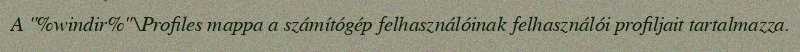
A "%windir%"\Profiles mappa a számítógép felhasználóinak felhasználói profiljait tartalmazza.